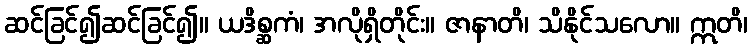
ဆင်ခြင်၍ဆင်ခြင်၍။ ယဒိစ္ဆကံ၊ အလိုရှိတိုင်း။ ဇာနာတိ၊ သိနိုင်သလော။ ဣတိ၊